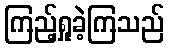
ကြည့်ရှုခဲ့ကြသည်